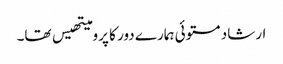
ارشاد مستوئی ہمارے دور کا پرومیتھیس تھا۔